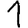
Digit: 1